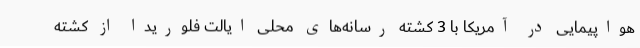
هواپیمایی در آمریکا با 3 کشته رسانه‌های محلی ایالت فلوریدا از کشته